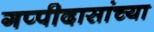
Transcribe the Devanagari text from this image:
गप्पीदासांच्या